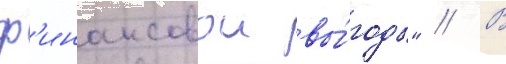
ф'инансовои вы́годы" // В